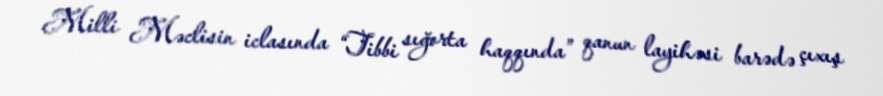
Milli Məclisin iclasında “Tibbi sığorta haqqında” qanun layihəsi barədə çıxış